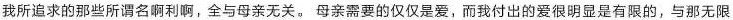
我所追求的那些所谓名啊利啊，全与母亲无关。母亲需要的仅仅是爱，而我付出的爱很明显是有限的，与那无限